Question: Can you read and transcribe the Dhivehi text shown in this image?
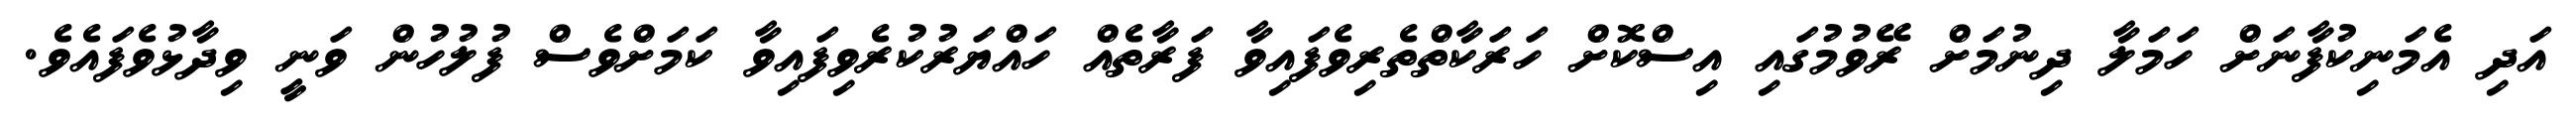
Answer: އަދި އެމަނިކުފާނަށް ހަމަލާ ދިނުމަށް ރޭވުމުގައި އިސްކޮށް ހަރަކާތްތެރިވެފައިވާ ފަރާތެއް ހައްޔަރުކުރެވިފައިވާ ކަމަށްވެސް ފުލުހުން ވަނީ ވިދާޅުވެފައެވެ.